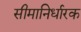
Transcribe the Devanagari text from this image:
सीमानिर्धारक